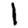
Digit: 1